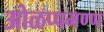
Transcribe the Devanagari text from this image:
ओळप्पमण्ण